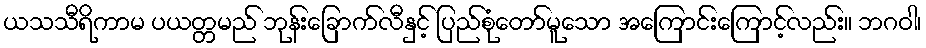
ယသသီရိကာမ ပယတ္တမည် ဘုန်းခြောက်လီနှင့် ပြည်စုံတော်မူသော အကြောင်းကြောင့်လည်း။ ဘဂဝါ၊